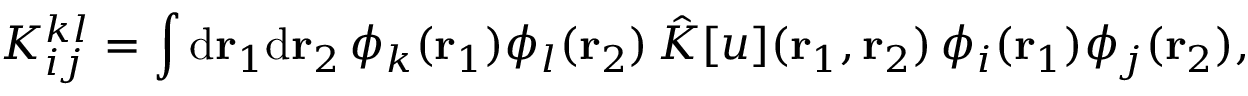
{ K } _ { i j } ^ { k l } = \int \mathrm { d } { \mathbf { r } _ { 1 } } \mathrm { d } { \mathbf { r } _ { 2 } } \, \phi _ { k } ( { \mathbf { r } _ { 1 } } ) \phi _ { l } ( { \mathbf { r } _ { 2 } } ) \, \hat { K } [ u ] ( { \mathbf { r } _ { 1 } } , { \mathbf { r } _ { 2 } } ) \, \phi _ { i } ( { \mathbf { r } _ { 1 } } ) \phi _ { j } ( { \mathbf { r } _ { 2 } } ) ,